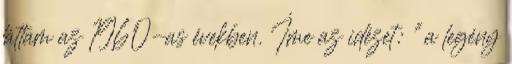
láttam az 1960-as években. Íme az idézet: ".a legény